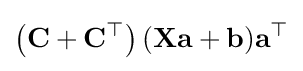
\left(\mathbf {C} +\mathbf {C} ^{\top }\right)(\mathbf {X} \mathbf {a} +\mathbf {b} )\mathbf {a} ^{\top }